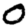
Digit: 0